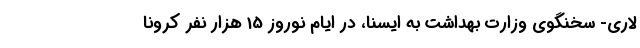
لاری- سخنگوی وزارت بهداشت به ایسنا، در ایام نوروز 15 هزار نفر کرونا